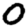
Digit: 0